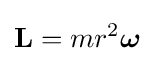
\mathbf {L} =mr^{2}{\boldsymbol {\omega }}